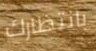
بانتظارك